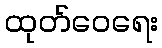
ထုတ်ဝေရေး